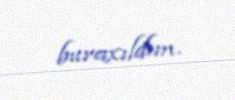
buraxıldım.